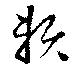
頼